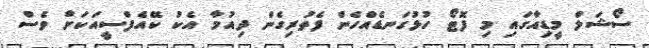
ސޯޝަލް މީޑިއާގައި މި ފޮޓޯ ހުޅުގަނޑެއްހެން ފެތުރިގެން ދިއުމާ އެކު ކޭއެފްސީއަކަށް ވެސް